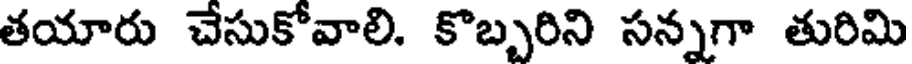
తయారు చేసుకోవాలి. కొబ్బరిని సన్నగా తురిమి